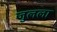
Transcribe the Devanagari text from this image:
जुलला